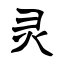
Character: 灵